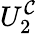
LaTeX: U_{2}^{\mathcal{C}}